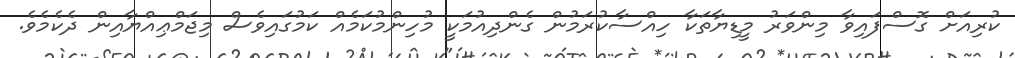
ކުރިއަށް ގޮސްފައިވާ މިންވަރު މީޑިޔާތަކާ ހިއްސާކުރަމުން ގެންދިއުމަކީ މުހިންމުކަމެއް ކަމުގައިވެސް މިޖަމްޢިއްޔާއިން ދެކެމެވެ.